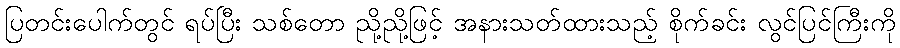
ပြတင်းပေါက်တွင် ရပ်ပြီး သစ်တော ညို့ညို့ဖြင့် အနားသတ်ထားသည့် စိုက်ခင်း လွင်ပြင်ကြီးကို